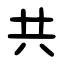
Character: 共